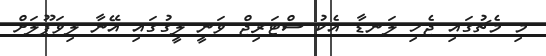
މި މެޗުގައި ޖެހި ލަނޑާ އެކު ސްޓަރިޖް ވަނީ ލީގުގައި އޭނާ ލިވަޕޫލަށް